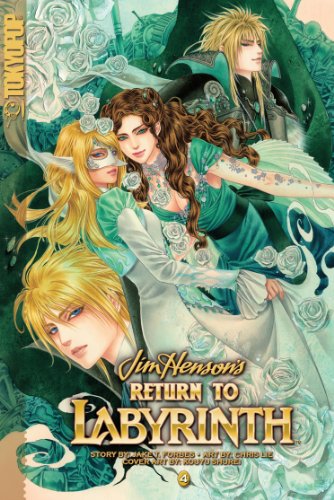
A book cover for Return to Labyrinth Volume 4 (Jim Henson's Return to Labyrinth); Jake T. Forbes; Teen & Young Adult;